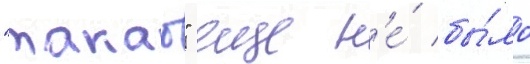
"такао" еще н'е́ бы́ло